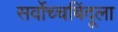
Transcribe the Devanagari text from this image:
सर्वोच्चबिंदूला